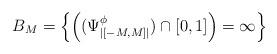
LaTeX: \begin{align*}B_M=\left\{ \left((\Psi^{\phi}_{|[-M,M]|})\cap[0,1]\right)=\infty\right\}\end{align*}